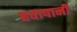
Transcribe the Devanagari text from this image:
हवापानी